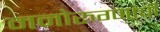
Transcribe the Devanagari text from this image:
मनोरुग्णांची